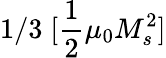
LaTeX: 1/3\; [\frac{1}{2}\mu_{0}M_{s}^{2}]